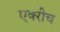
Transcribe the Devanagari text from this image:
एक्‍रीच